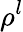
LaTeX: \rho^{l}